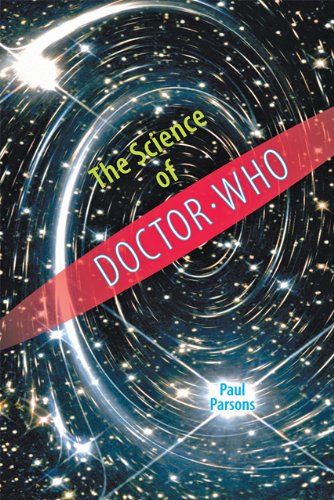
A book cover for The Science of Doctor Who; Paul Parsons; Humor & Entertainment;